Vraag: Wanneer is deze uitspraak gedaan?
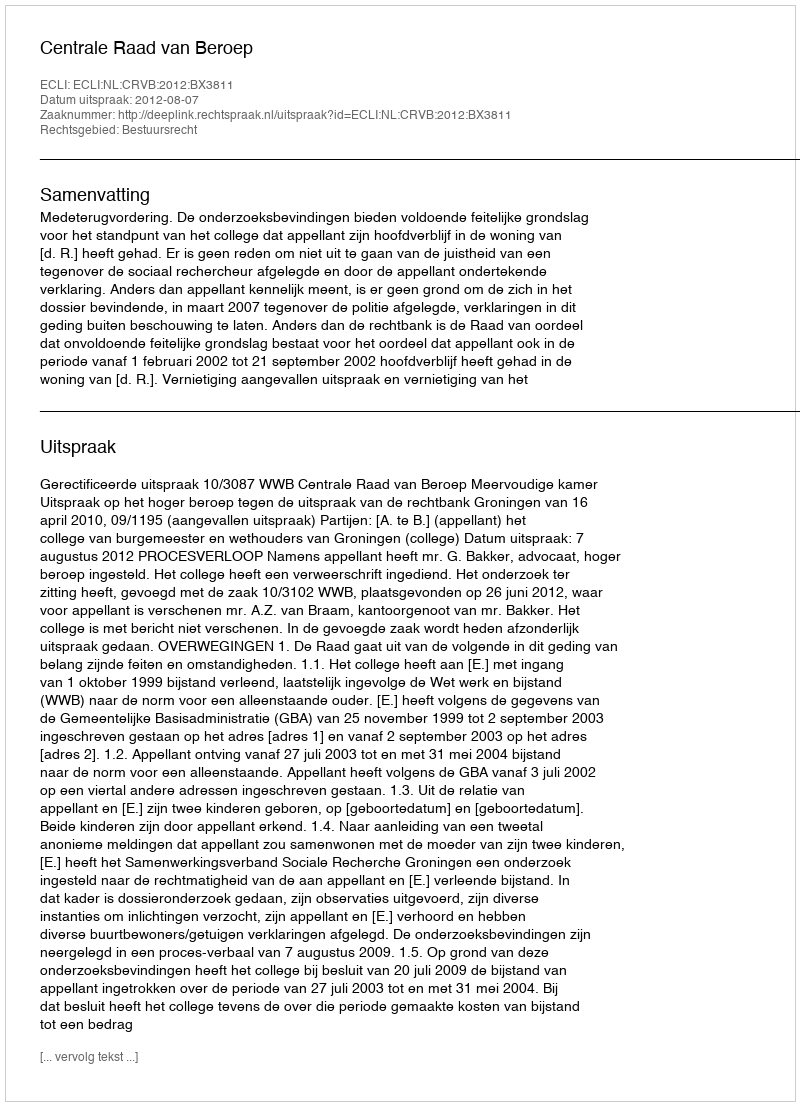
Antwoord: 2012-08-07